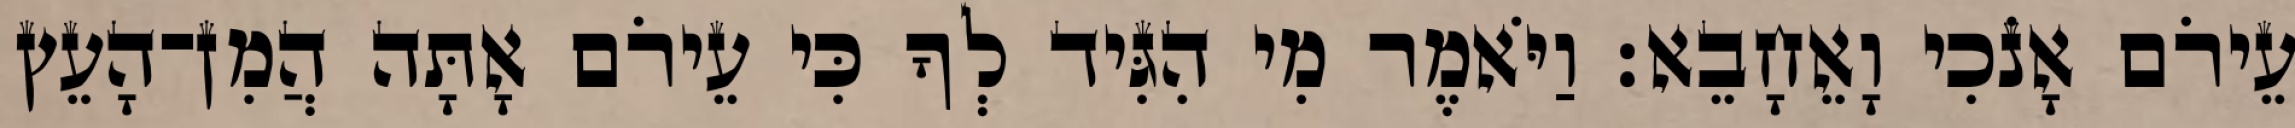
עֵירֹם אָנֹכִי וָאֵחָבֵא׃ וַיֹּאמֶר מִי הִגִּיד לְךָ כִּי עֵירֹם אָתָּה הֲמִן־הָעֵץ